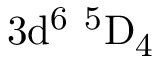
\mathrm { 3 d ^ { 6 } \ ^ { 5 } D _ { 4 } }